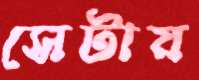
সেটায়